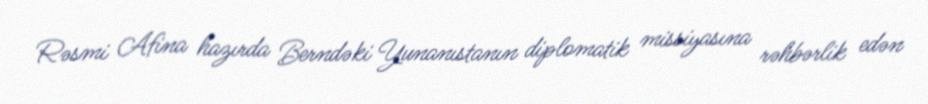
Rəsmi Afina hazırda Berndəki Yunanıstanın diplomatik missiyasına rəhbərlik edən